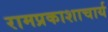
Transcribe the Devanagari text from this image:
रामप्रकाशाचार्य